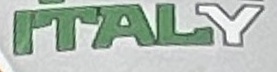
ITALY